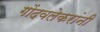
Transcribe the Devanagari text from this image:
गोंदवलेकरांनी